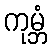
ကုမ္ဘံ